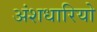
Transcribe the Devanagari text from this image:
अंशधारियो